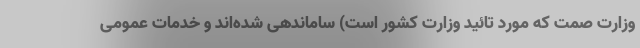
وزارت صمت که مورد تائید وزارت کشور است) ساماندهی شده‌اند و خدمات عمومی